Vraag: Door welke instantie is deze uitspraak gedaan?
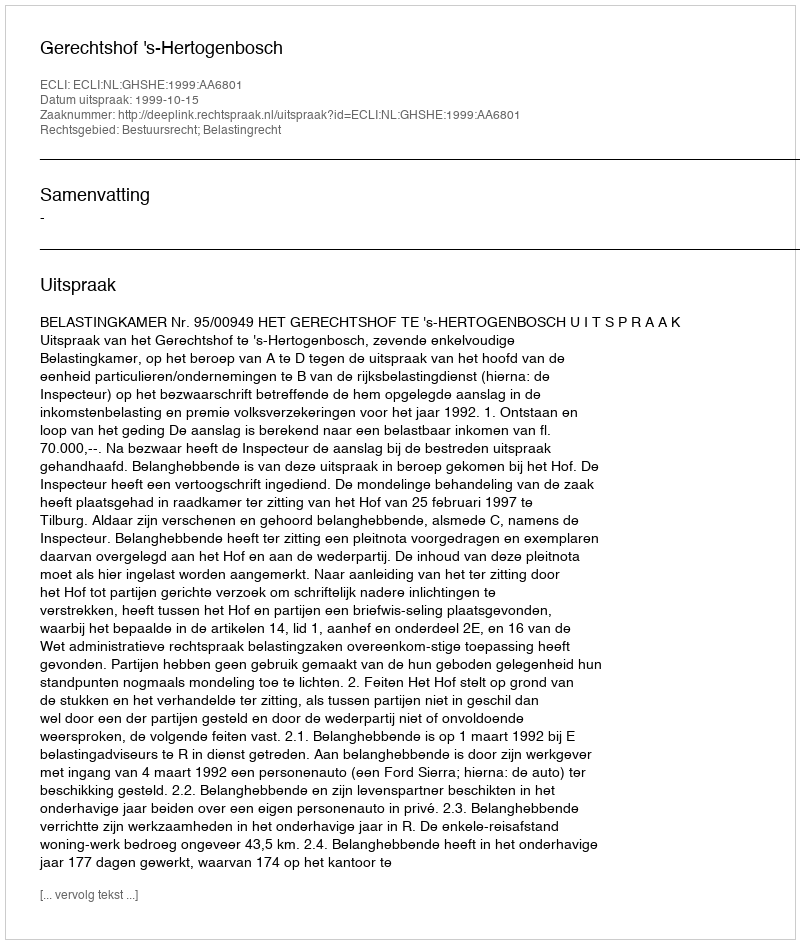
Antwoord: Gerechtshof 's-Hertogenbosch